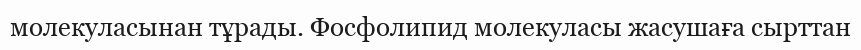
молекуласынан тұрады. Фосфолипид молекуласы жасушаға сырттан